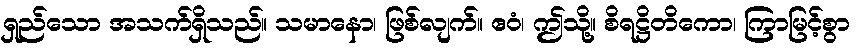
ရှည်သော အသက်ရှိသည်။ သမာနော၊ ဖြစ်လျက်။ ဧဝံ၊ ဤသို့။ စိရဋ္ဌိတိကော၊ ကြာမြင့်စွာ